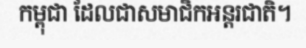
កម្ពុជា ដែលជាសមាជិកអន្តរជាតិ។